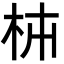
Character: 枾